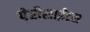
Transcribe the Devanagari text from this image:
पेरीसाईंटस